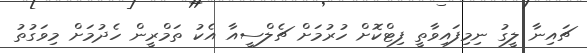
ޗައިނާ ލީގު ނިމިފައިވާތީ ފިޓްކޮށް ހުރުމަށް ޗެލްސީއާ އެކު ތަމްރީން ހެދުމަށް މިވަގުތު